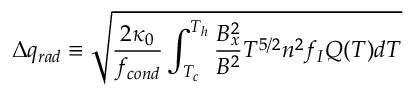
\Delta q _ { r a d } \equiv \sqrt { \frac { 2 \kappa _ { 0 } } { f _ { c o n d } } \int _ { T _ { c } } ^ { T _ { h } } \frac { B _ { x } ^ { 2 } } { B ^ { 2 } } T ^ { 5 / 2 } n ^ { 2 } f _ { I } Q ( T ) d T }